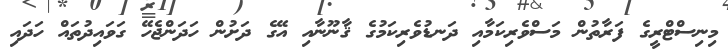
މިނިސްޓްރީގެ ފަރާތުން މަސްވެރިކަމާއި ދަނޑުވެރިކަމުގެ ޤާނޫނާއި އޭގެ ދަށުން ހަދަންޖެހޭ ގަވައިދުތައް ހަދައި